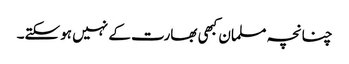
چنانچہ مسلمان کبھی بھارت کے نہیں ہوسکتے۔